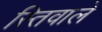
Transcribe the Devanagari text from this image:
स्तिवाले